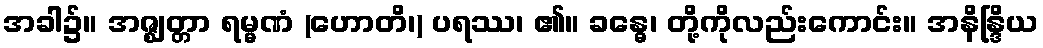
အခါ၌။ အဇ္ဈတ္တာ ရမ္မဏံ (ဟောတိ၊) ပရဿ၊ ၏။ ခန္ဓေ၊ တို့ကိုလည်းကောင်း။ အနိန္ဒြိယ